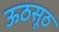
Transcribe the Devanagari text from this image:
ऊठसूठ